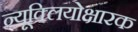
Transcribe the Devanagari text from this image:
न्यूक्लियोक्षारक